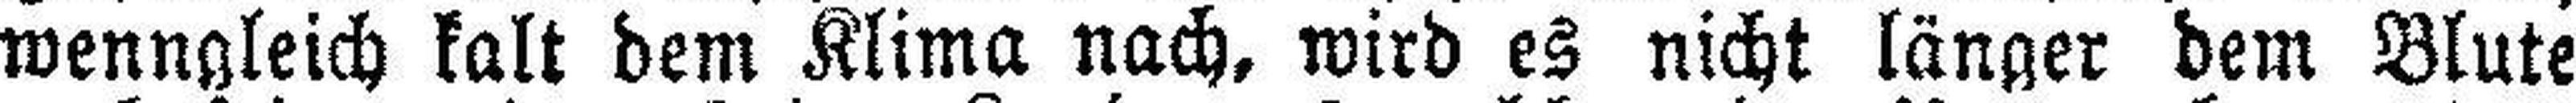
wenngleich kalt dem Klima nach, wird es nicht länger dem Blute